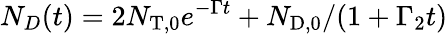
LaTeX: N_{D}(t)=2N_{\mathrm{T,0}}e^{-\Gamma t}+N_{\mathrm{D,0}}/(1+\Gamma_{2}t)